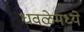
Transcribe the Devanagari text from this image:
धवळेमध्ये